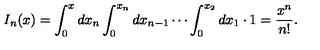
I _ { n } ( x ) = \int _ { 0 } ^ { x } d x _ { n } \int _ { 0 } ^ { x _ { n } } d x _ { n - 1 } \cdots \int _ { 0 } ^ { x _ { 2 } } d x _ { 1 } \cdot 1 = \frac { x ^ { n } } { n ! } .